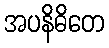
အပနိဓိတေ